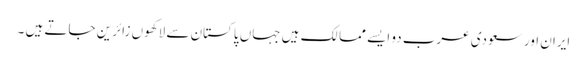
ایران اور سعودی عرب دو ایسے ممالک ہیں جہاں پاکستان سے لاکھوں زائرین جاتے ہیں ۔